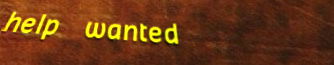
help wanted